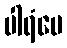
ပါရံပေ